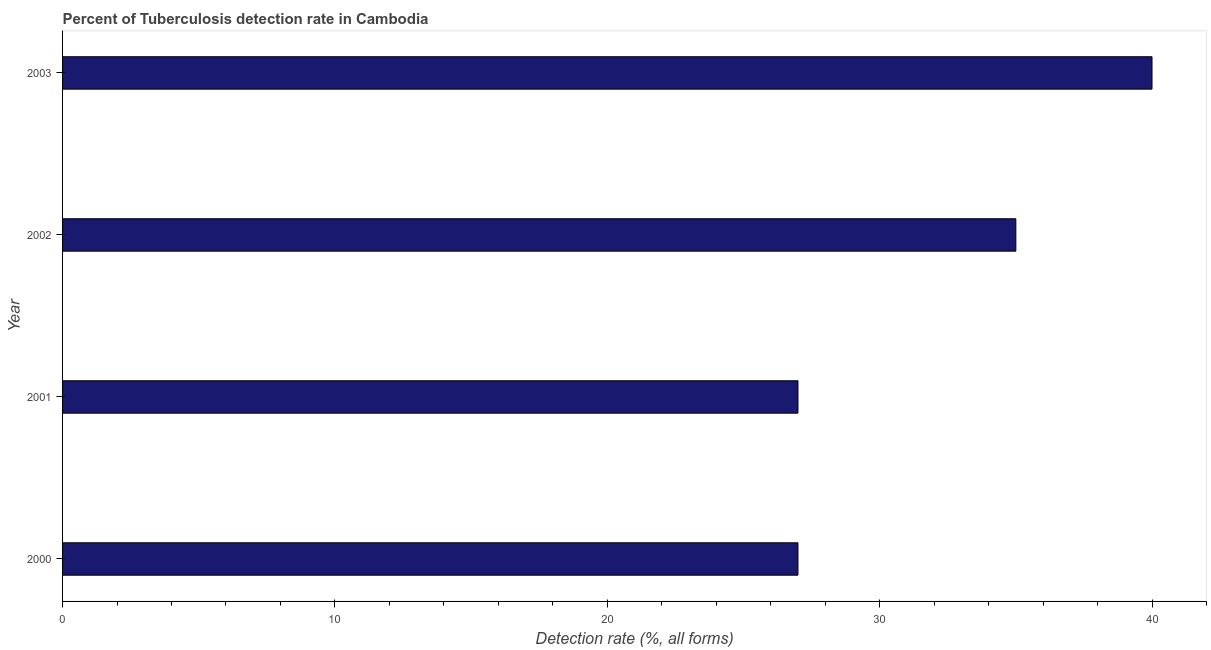
| Year | Tuberculosis case detection rate |
 | --- | --- |
 | 2000 | 27 |
 | 2001 | 27 |
 | 2002 | 35 |
 | 2003 | 40 |